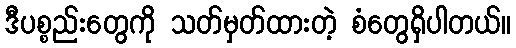
ဒီပစ္စည်းတွေကို သတ်မှတ်ထားတဲ့ စံတွေရှိပါတယ်။